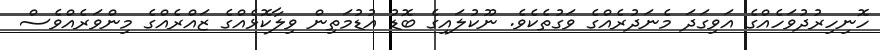
ހޮނިހިރުދުވަހެއްގެ އަވިގަދަ މެނަދުރެއްގެ ވަގުތެކެވެ. ނޫކުލައިގެ ބޮޑު އުޑުމަތިން ވިލާކޮޅެއްގެ ޒައްރެއްގެ މިންވަރެއްވެސް